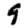
Digit: 9